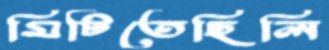
মিটিতেছিলি